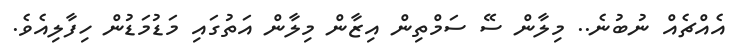
އެއްޗެއް ނުބުނެ.. މިލާން ސޭ ސަމްތިން އިޒާން މިލާން އަތުގައި މަޑުމަޑުން ހިފާލިއެވެ.